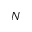
N